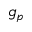
g _ { p }